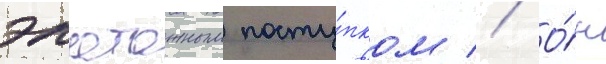
эпатажным посту́пком // О́н